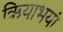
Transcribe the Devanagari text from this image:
ऋियाभयां